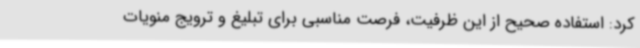
کرد: استفاده صحیح از این ظرفیت، فرصت مناسبی برای تبلیغ و ترویج منویات